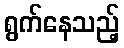
ရွက်နေသည့်